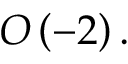
O \left( - 2 \right) .